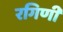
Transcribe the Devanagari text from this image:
रगिणी